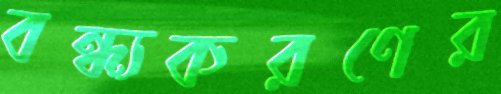
বন্ধ্যকরণের